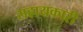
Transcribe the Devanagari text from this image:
सहायकारी